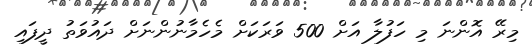
މިރޭ އޮންނަ މި ހަފުލާ އަށް 500 ވަރަކަށް މެހެމާނުންނަށް ދައުވަތު ދީފައި